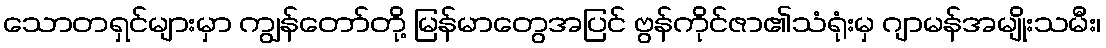
သောတရှင်များမှာ ကျွန်တော်တို့ မြန်မာတွေအပြင် ဗွန်ကိုင်ဇာ၏သံရုံးမှ ဂျာမန်အမျိုးသမီး၊